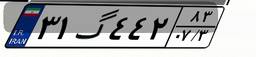
۵۸گ۷۴۶۸۰